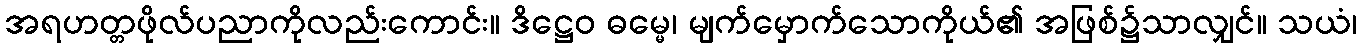
အရဟတ္တဖိုလ်ပညာကိုလည်းကောင်း။ ဒိဋ္ဌေဝ ဓမ္မေ၊ မျက်မှောက်သောကိုယ်၏ အဖြစ်၌သာလျှင်။ သယံ၊